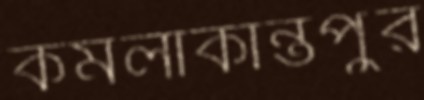
কমলাকান্তপুর